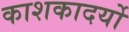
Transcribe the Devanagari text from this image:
काशकादर्यो